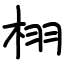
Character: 栩